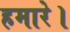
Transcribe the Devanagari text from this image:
हमारे।